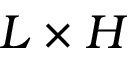
L \times H